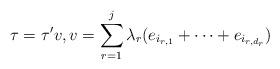
LaTeX: \begin{align*} \tau = \tau' v, v = \sum_{r=1}^j \lambda_r (e_{i_{r,1}} + \dots + e_{i_{r,d_r}})\end{align*}